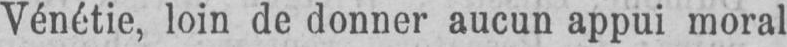
Vénétie, loin de donner aucun appui moral